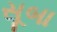
સૂબા